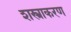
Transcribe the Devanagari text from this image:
शस्त्राकरण